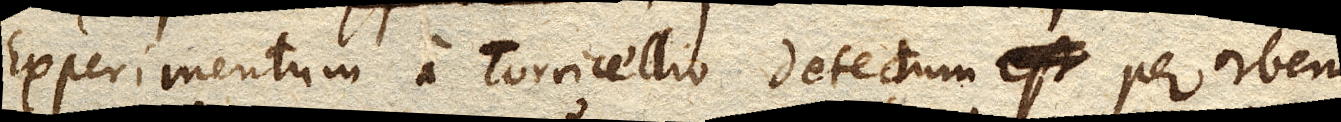
Experimentum a Torricellio detectum per orbem